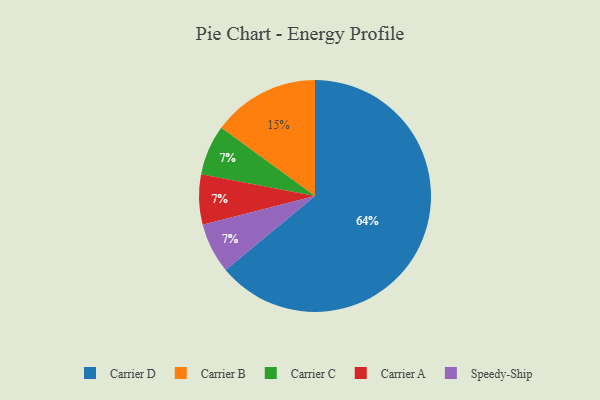
{"axis": {"x": "Category", "y": "Percentage"}, "legend": ["Carrier A", "Carrier B", "Carrier C", "Carrier D", "Speedy-Ship"], "data": [{"x": "Carrier C", "y": 7, "type": "Carrier C"}, {"x": "Carrier D", "y": 64, "type": "Carrier D"}, {"x": "Carrier A", "y": 7, "type": "Carrier A"}, {"x": "Speedy-Ship", "y": 7, "type": "Speedy-Ship"}, {"x": "Carrier B", "y": 15, "type": "Carrier B"}]}